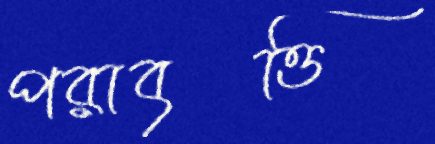
পরাবৃত্তি